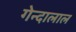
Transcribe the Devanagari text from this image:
गेन्दालाल